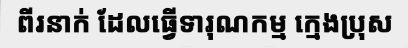
ពីរនាក់ ដែលធ្វើទារុណកម្ម ក្មេងប្រុស